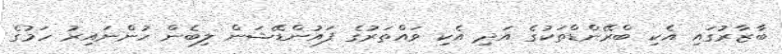
ބާޒާރުގައި އެކި ބްރޭންޑްތަކުގެ އަދި އެކި ވައްތަރުގެ ފައުންޑޭޝަން ލިބެން ހުންނައިރު ހަމުގެ